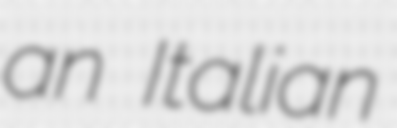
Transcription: an Italian